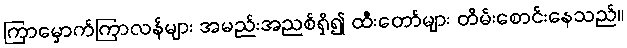
ကြာမှောက်ကြာလန်များ အမည်းအညစ်ရှိ၍ ထီးတော်များ တိမ်းစောင်းနေသည်။